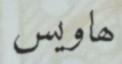
ھاويس